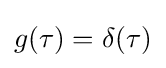
g(\tau )=\delta (\tau )